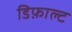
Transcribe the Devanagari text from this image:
डिफ़ाल्ट